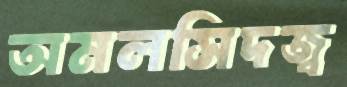
অমলসিদজ্ব